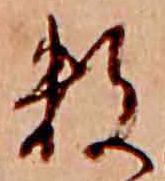
数